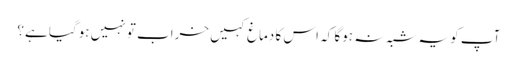
آپ کو یہ شبہ نہ ہوگا کہ اس کا دماغ کہیں خراب تو نہیں ہوگیا ہے؟